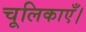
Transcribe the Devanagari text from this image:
चूलिकाएँ।